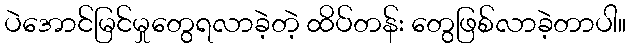
ပဲအောင်မြင်မှုတွေရလာခဲ့တဲ့ ထိပ်တန်း တွေဖြစ်လာခဲ့တာပါ။